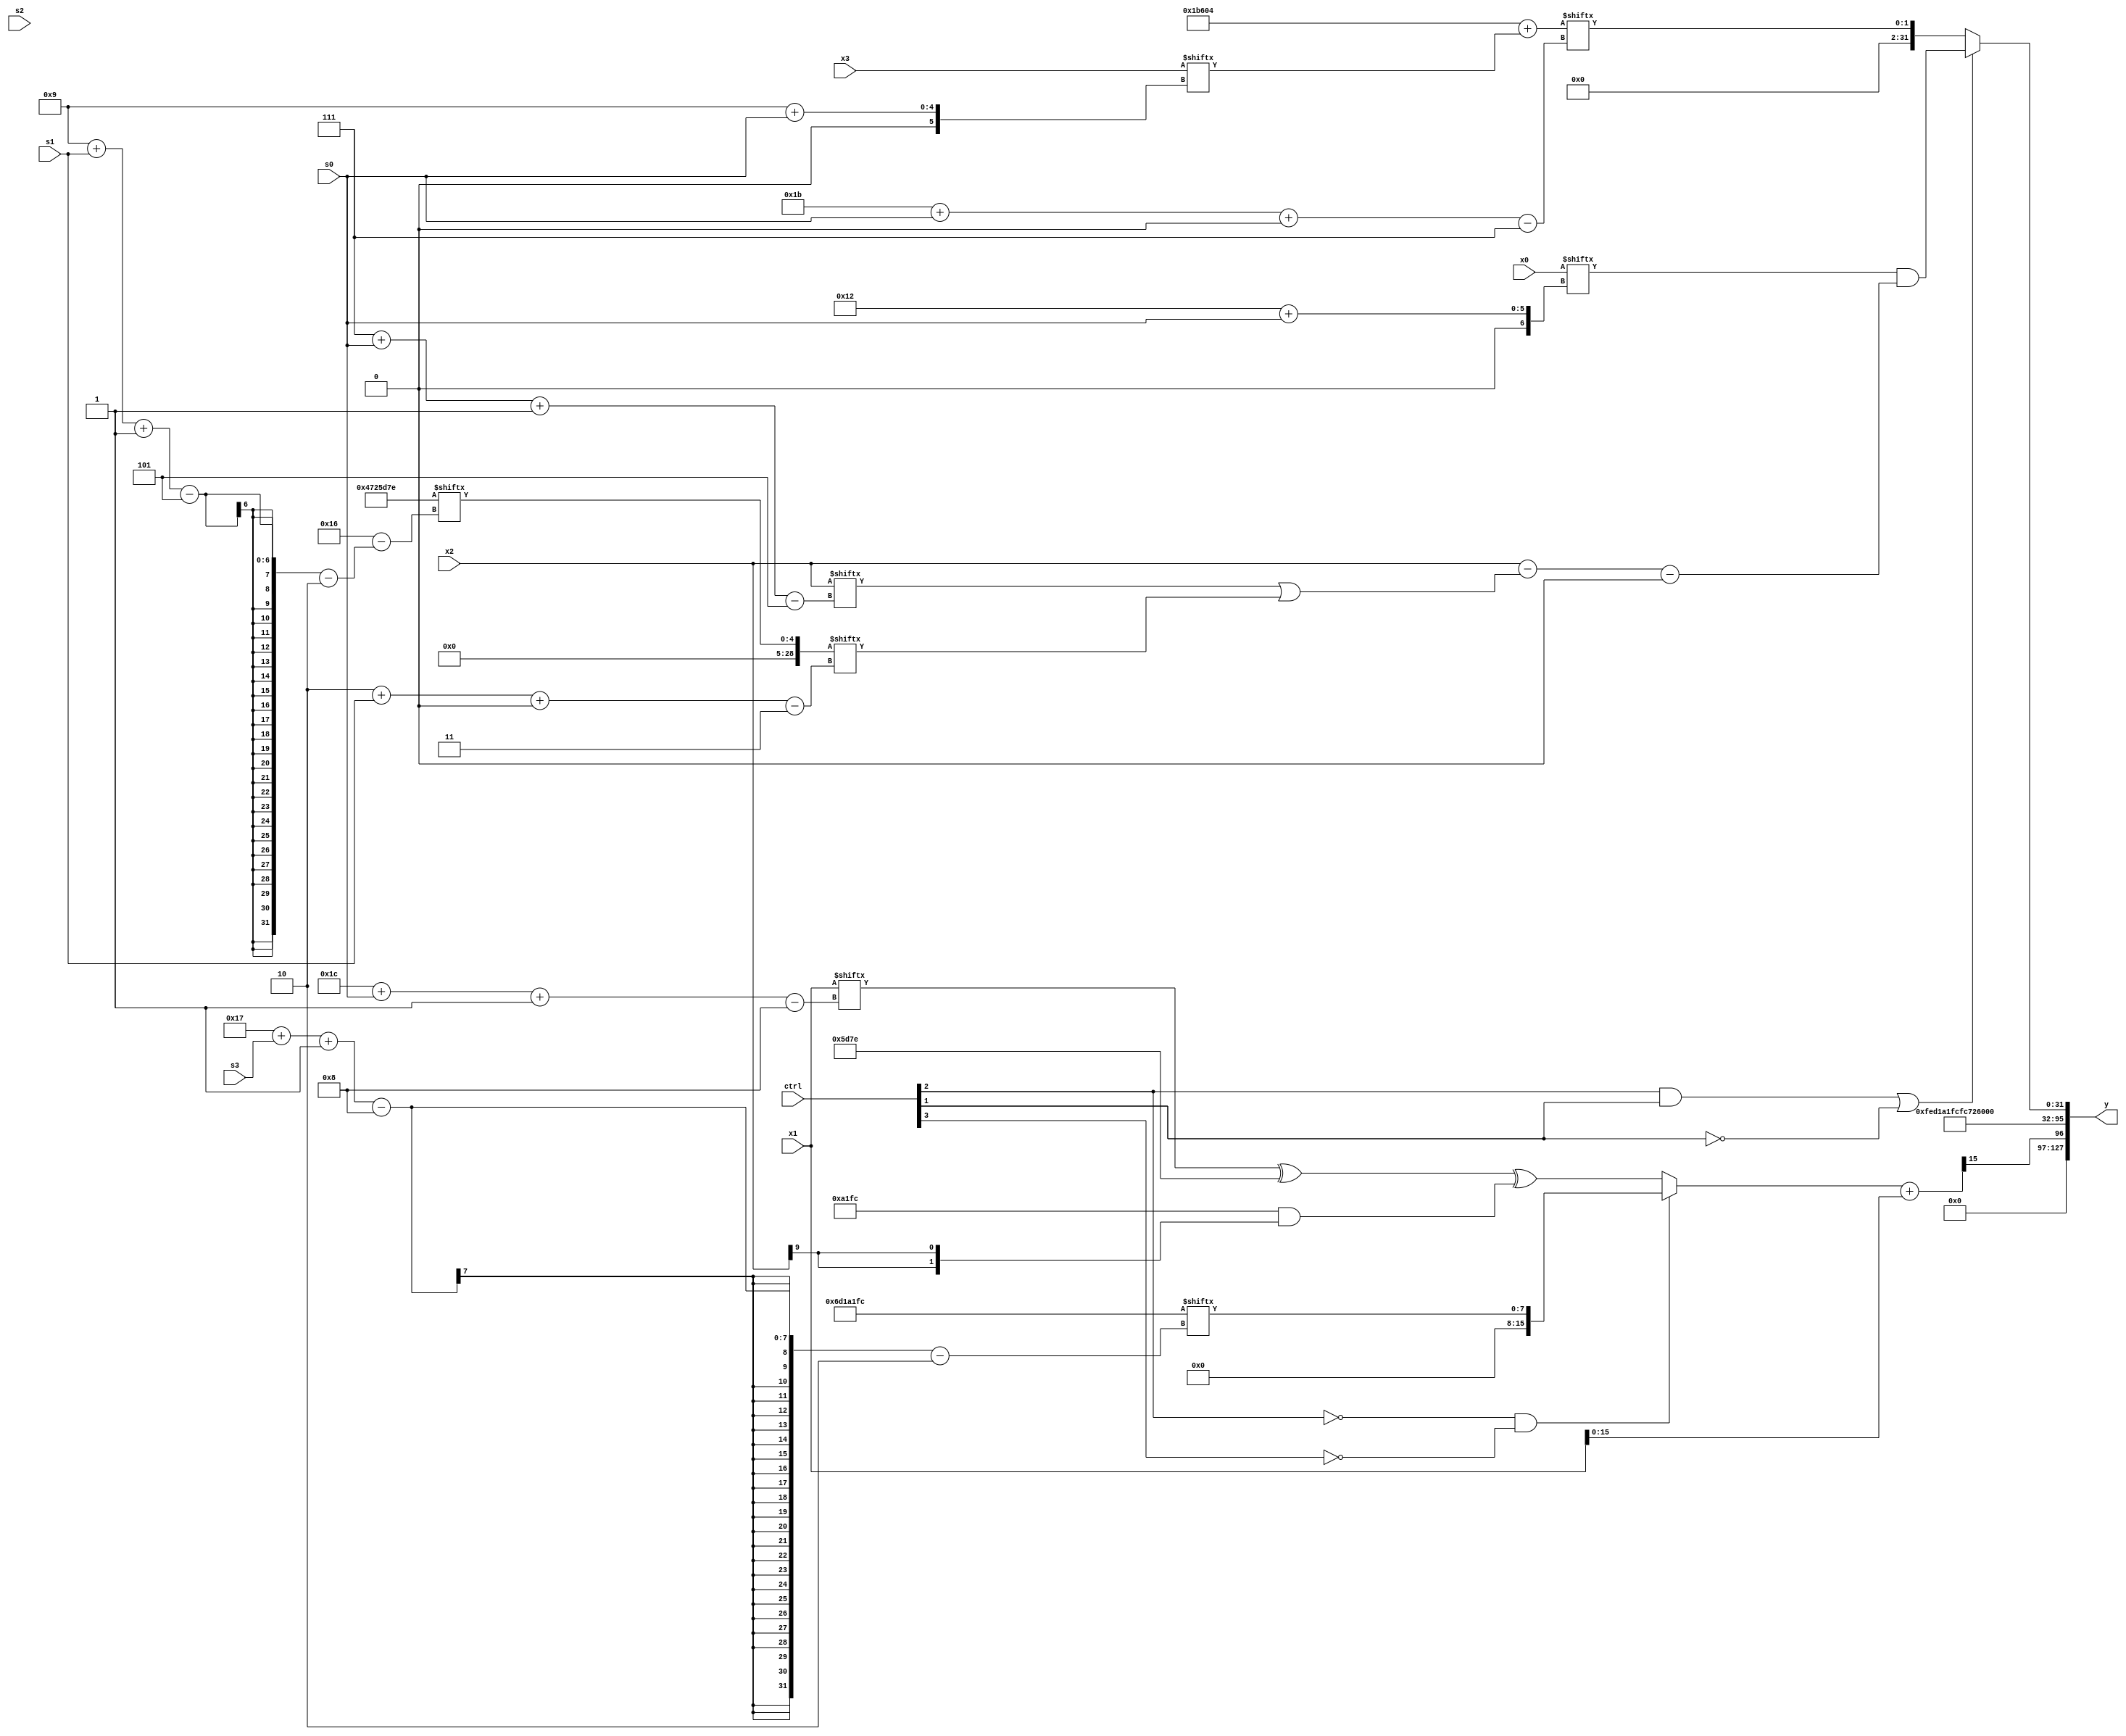
module partsel_00451(ctrl, s0, s1, s2, s3, x0, x1, x2, x3, y);
  input [3:0] ctrl;
  input [2:0] s0;
  input [2:0] s1;
  input [2:0] s2;
  input [2:0] s3;
  input signed [31:0] x0;
  input [31:0] x1;
  input signed [31:0] x2;
  input signed [31:0] x3;
  wire signed [5:25] x4;
  wire [27:7] x5;
  wire signed [24:7] x6;
  wire [31:3] x7;
  wire [26:4] x8;
  wire signed [27:3] x9;
  wire [28:6] x10;
  wire signed [0:25] x11;
  wire [4:27] x12;
  wire signed [25:0] x13;
  wire signed [28:3] x14;
  wire [2:25] x15;
  output [127:0] y;
  wire signed [31:0] y0;
  wire [31:0] y1;
  wire signed [31:0] y2;
  wire [31:0] y3;
  assign y = {y0,y1,y2,y3};
  localparam signed [28:2] p0 = 382837244;
  localparam signed [0:24] p1 = 507011945;
  localparam signed [2:28] p2 = 343039358;
  localparam signed [5:29] p3 = 164214276;
  assign x4 = (!ctrl[2] || !ctrl[0] || !ctrl[3] ? {2{((((p2[14 +: 3] ^ (p3[16 + s1] ^ p3[15 +: 2])) ^ x3[14 +: 1]) + {p1, p2}) & (x0 + x0[18 + s1 +: 6]))}} : (((x0 - (p1 ^ p3[18 + s2 +: 6])) ^ {2{x1[13 + s2 +: 3]}}) - (p1[15 + s3 +: 8] + ((x1[23 -: 1] | p2[6 + s2 -: 2]) - (x2[29 + s1 +: 5] - p2[5 + s2 +: 2])))));
  assign x5 = x2[10 +: 1];
  assign x6 = ({2{p3}} + x3[9 + s0]);
  assign x7 = p2[9 + s1 -: 5];
  assign x8 = x0[21];
  assign x9 = (!ctrl[3] && ctrl[1] || !ctrl[3] ? p0 : x3[17 -: 4]);
  assign x10 = ((!ctrl[2] && !ctrl[2] && !ctrl[3] ? p0[23 + s3 -: 8] : ({2{(x1[28 + s0 -: 8] ^ p2)}} ^ ({2{p0}} & {2{x2[9]}}))) + x1);
  assign x11 = x7[17 + s0];
  assign x12 = x5[13 -: 3];
  assign x13 = x12[8 +: 3];
  assign x14 = {(!ctrl[1] || ctrl[0] || !ctrl[3] ? (x2 ^ ({2{p1}} & {2{x10[2 + s2 -: 5]}})) : x12), (ctrl[0] || !ctrl[1] || ctrl[0] ? ((!ctrl[3] && !ctrl[0] && ctrl[1] ? x2[23 + s0 -: 7] : (p1[23 + s1 +: 4] | (p0 & p0[18 + s1 -: 4]))) ^ x13[18 -: 2]) : x5[29 + s0 +: 3])};
  assign x15 = {2{({2{{(p1[22 -: 1] | p3), x10[19]}}} - (!ctrl[0] || ctrl[2] && ctrl[2] ? ({x3[17 +: 3], (x7 - p1[19 + s0 -: 7])} & (!ctrl[1] && ctrl[2] && ctrl[0] ? (p2 ^ x4[16 -: 4]) : p0[12 +: 4])) : x1[17 + s2]))}};
  assign y0 = x10[21];
  assign y1 = p0;
  assign y2 = p2;
  assign y3 = (ctrl[2] && ctrl[1] || !ctrl[1] ? (x0[18 + s0] & ((x2 - (x2[7 + s0 -: 5] | x7[2 + s1 +: 8])) - x8[21 -: 1])) : x6[27 + s0 +: 2]);
endmodule